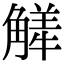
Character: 觲